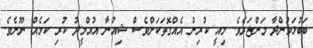
ބަބުޅަމުންދާ މަންޒަރެވެ. މިއީ ކުރިން އެއްގޮތަކަށްވެސް ޝިއުނާ އުއްމީދު ކުރި ކަމެއް ނޫނެވެ.